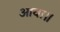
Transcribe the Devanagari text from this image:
आवा॥